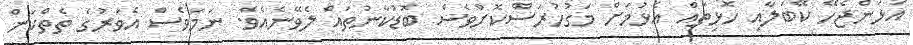
އަޅަންޖެހޭ ކޭބަލާއި ހޮޅިތައް އެޅުމަށް މަގުހުރަސްކޮށްވެސް ބޮޑުކާނުތައް ލެވޭނެއެވެ. ނަމަވެސް އެވަރުގެ ތެތްކަން